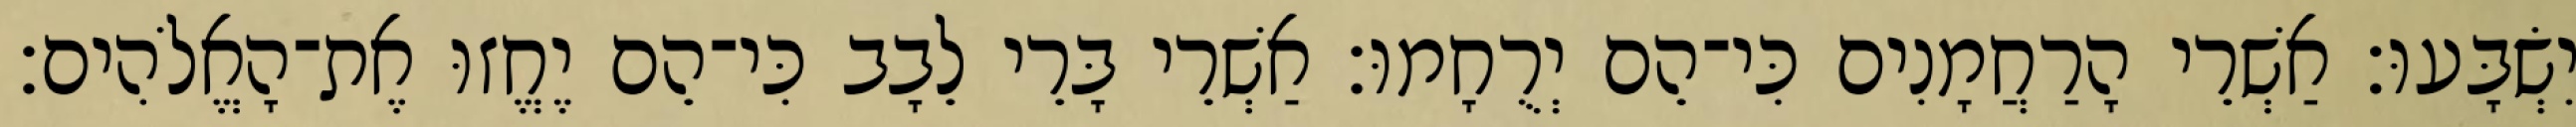
יִשְׂבָּעוּ׃ אַשְׁרֵי הָרַחֲמָנִים כִּי־הֵם יְרֻחָמוּ׃ אַשְׁרֵי בָּרֵי לֵבָב כִּי־הֵם יֶחֱזוּ אֶת־הָאֱלֹהִים׃